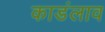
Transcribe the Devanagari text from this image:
काडंलाव